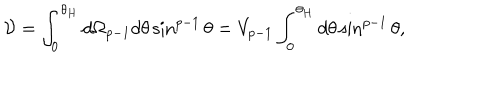
{ \cal V } = \int _ { 0 } ^ { \theta _ { H } } d \Omega _ { p - 1 } d \theta \sin ^ { p - 1 } \theta = V _ { p - 1 } \int _ { 0 } ^ { \theta _ { H } } d \theta \sin ^ { p - 1 } \theta ,